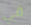
في